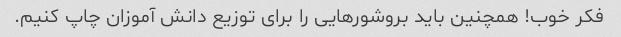
فکر خوب! همچنین باید بروشورهایی را برای توزیع دانش آموزان چاپ کنیم.